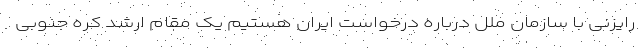
رایزنی با سازمان ملل درباره درخواست ایران هستیم یک مقام ارشد کره جنوبی